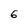
Character: 6